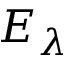
E _ { \lambda }